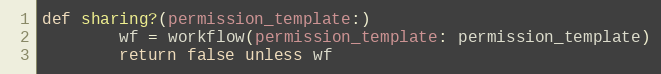
Language: Ruby
def sharing?(permission_template:)
        wf = workflow(permission_template: permission_template)
        return false unless wf